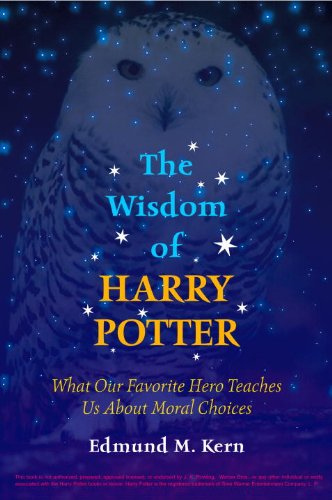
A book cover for The Wisdom of Harry Potter: What Our Favorite Hero Teaches Us About Moral Choices; Edmund M. Kern; Science Fiction & Fantasy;